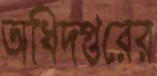
অধিদপ্তরের